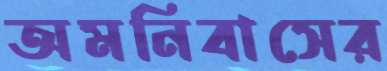
অমনিবাসের